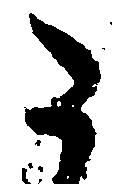
た